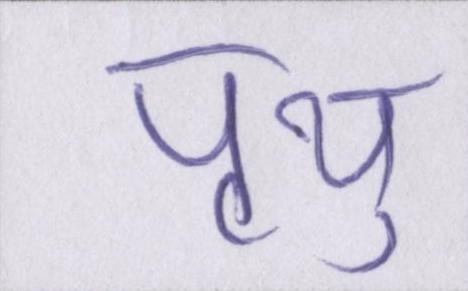
पृथु